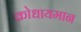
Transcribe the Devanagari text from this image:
क्रोधायमान